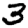
Digit: 3